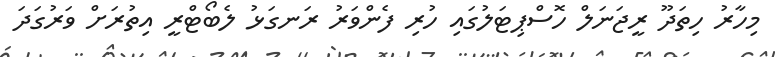
މިހާރު ހިތަދޫ ރީޖަނަލް ހޮސްޕިޓަލުގައި ހުރި ފެންވަރު ރަނގަޅު ލެބޯޓްރީ އިތުރަށް ވަރުގަދަ